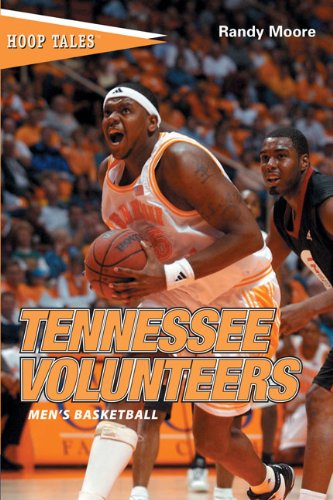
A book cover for Hoop Tales: Tennessee Volunteers Men's Basketball (Hoop Tales Series); Randy Moore; Sports & Outdoors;